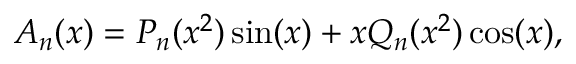
A _ { n } ( x ) = P _ { n } ( x ^ { 2 } ) \sin ( x ) + x Q _ { n } ( x ^ { 2 } ) \cos ( x ) ,